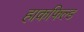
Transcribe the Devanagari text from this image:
हाकफिल्ड